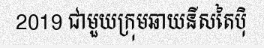
2019 ជាមួយក្រុមឆាយនីសតៃប៉ិ